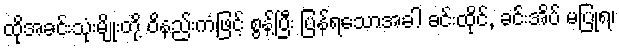
ထိုအခင်းသုံးမျိုးတို့ ဝိနည်းကံဖြင့် စွန့်ပြီး ပြန်ရသောအခါ ခင်းထိုင်, ခင်းအိပ် မပြုရ၊